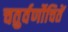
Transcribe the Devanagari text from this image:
चतुर्वर्णोचितें